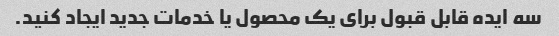
سه ایده قابل قبول برای یک محصول یا خدمات جدید ایجاد کنید.